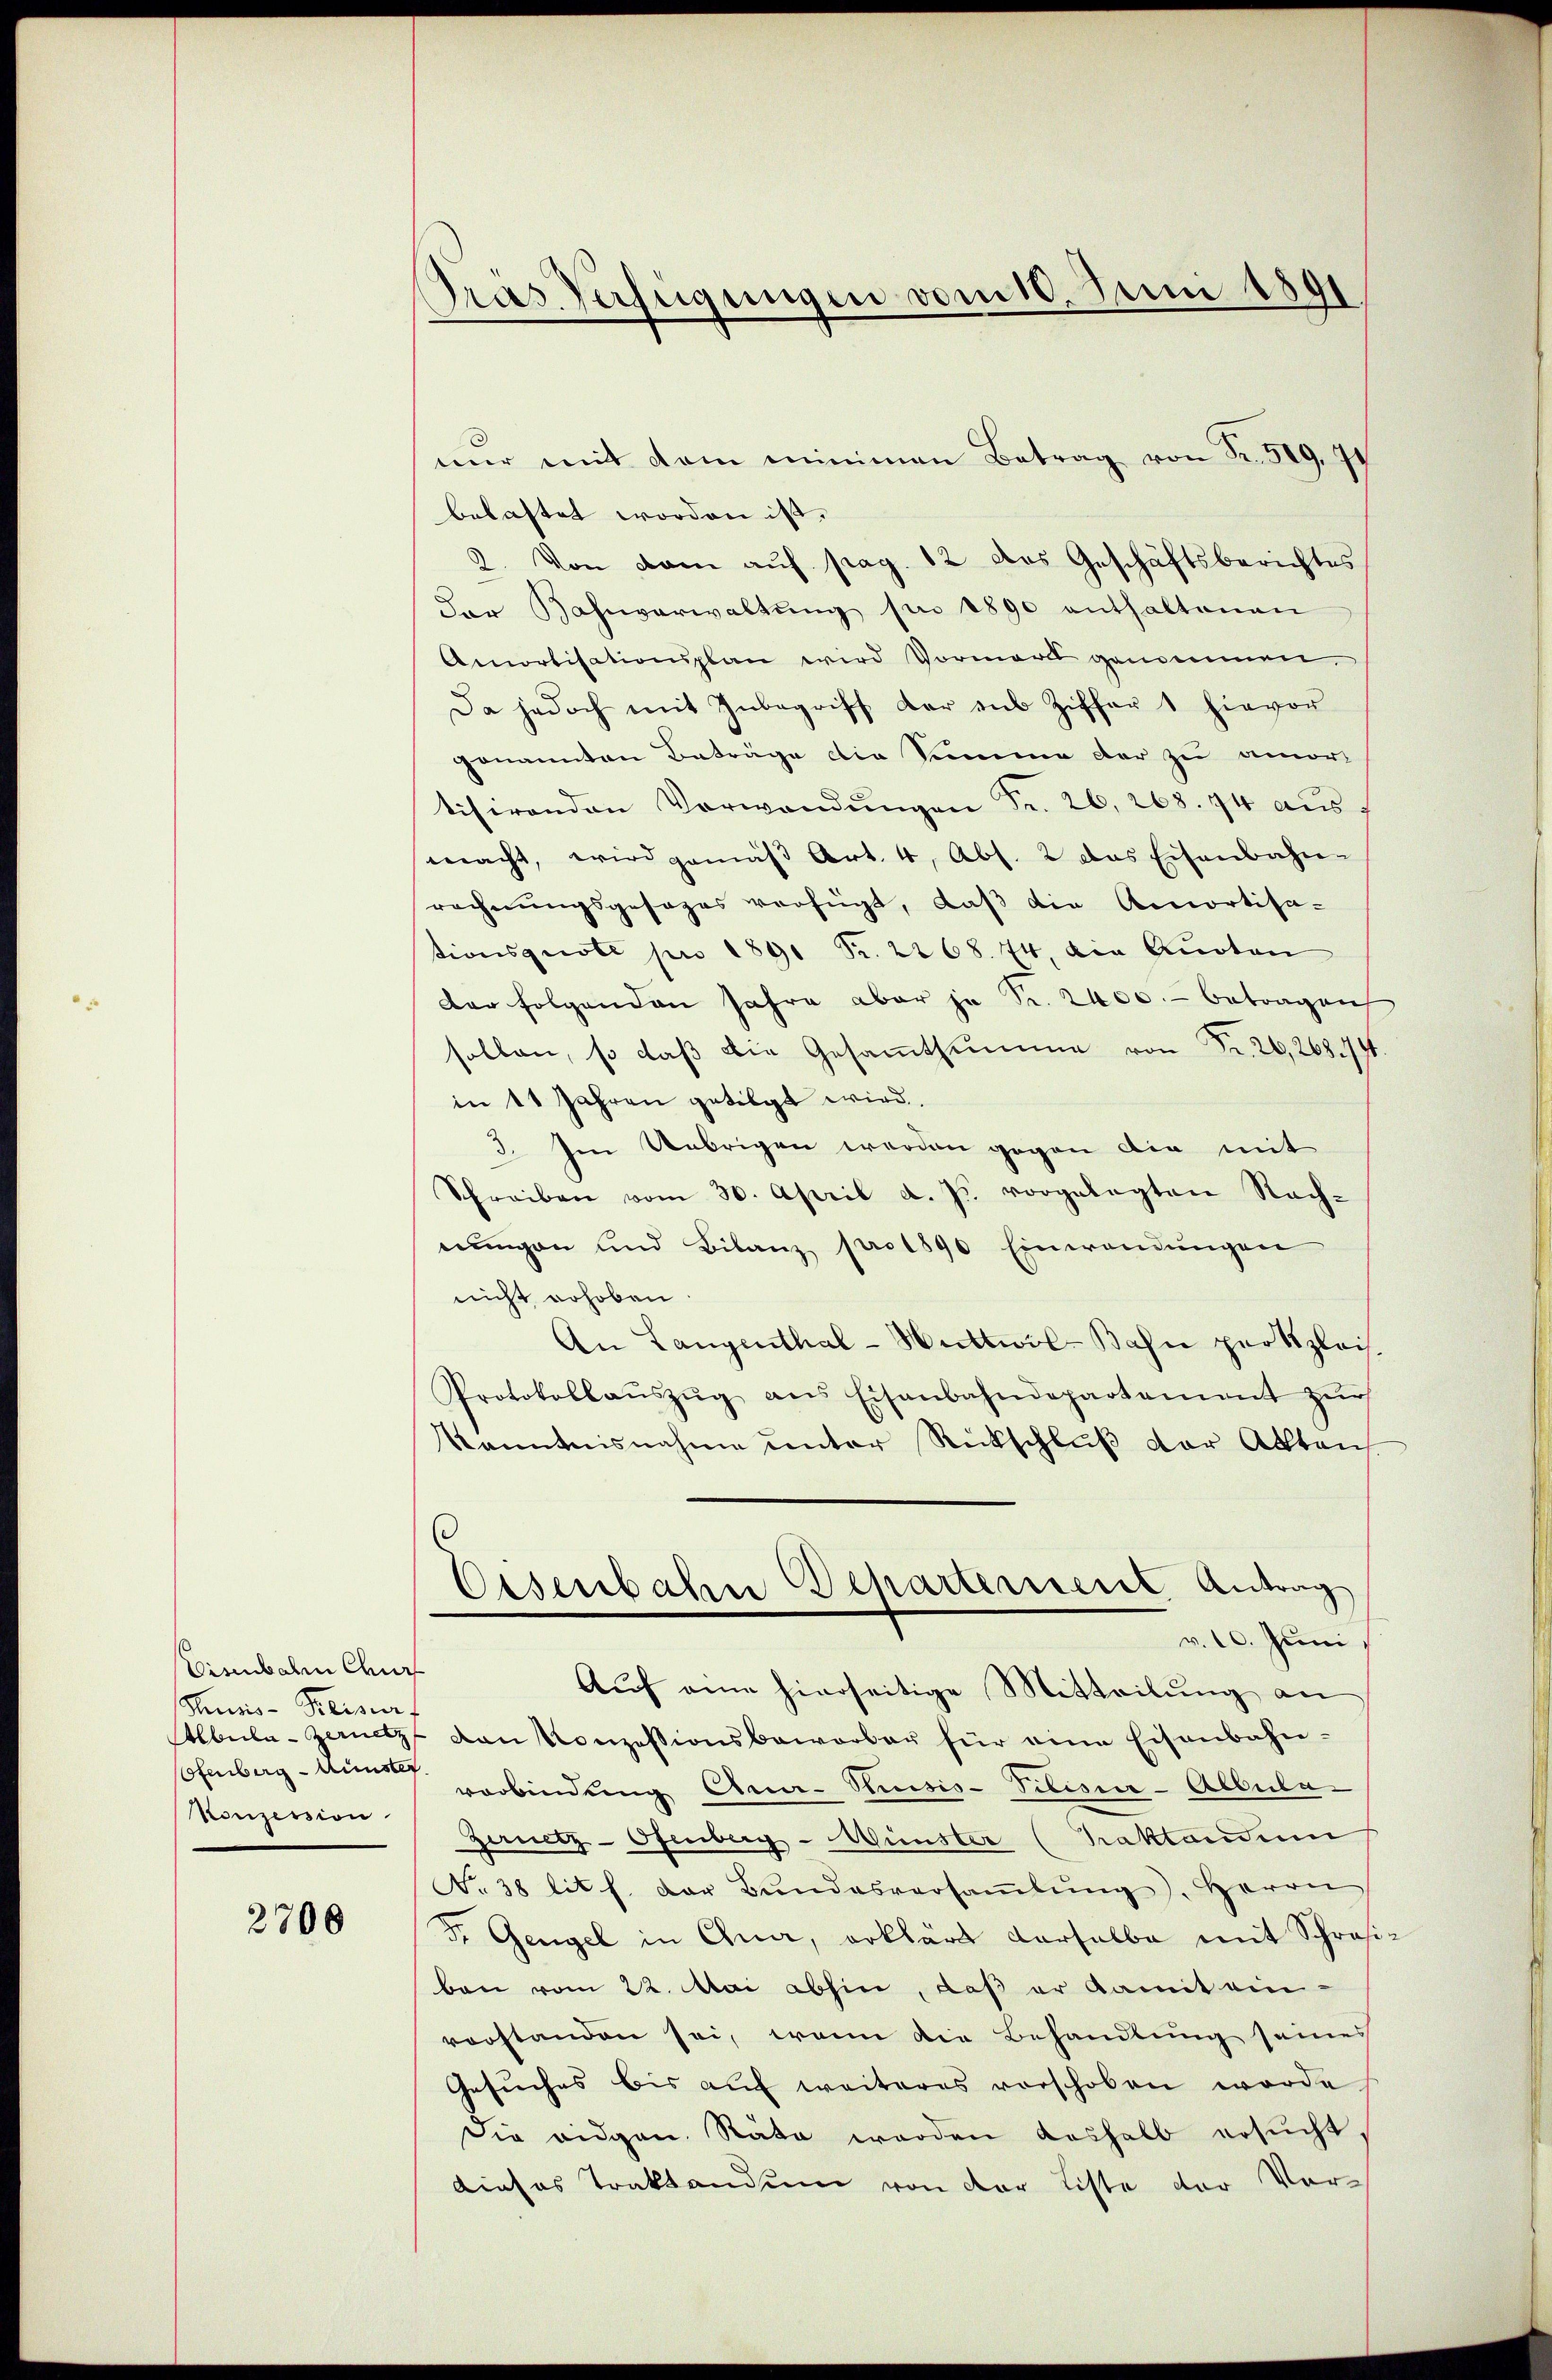
Sienbaren Chur
Thusis-Kreisdorf
Ofenberg-Künster.
Konzession

2700

Gras Verfügungen vom 10. Juni 1891

nŭr mit dem minimen Betrag von Fr. 519. 71
belastet worden ist.
2. Von dem auf pag. 12 das Geschäftsberichtes
der Bahnverwaltŭng pr 1890 enthaltenen
Amortisationsplan wird Vormord genommen.
Da jedoch mit Inbegriff der sub Ziffer 1 hievor
genannten Beträge die Summe der zu amor-
tisirenden Vorwandŭngen Fr. 26, 268. 74 aŭs
macht, wird gemäβ Art. 4, Abs. 2 das Eisenbahn-
rechnŭngsgesezes verfügt, daβ die Amortisa-
tionsquote pro 1891 Fr. 2268. 74, die Quoten
der folgenden Jahre aber ja Fr. 2400.- betragen
sollen, so daß die Gesammtsumme von Fr. 20,26874.
in 11 Jahren getilgt wird.
3. Im Uebrigen werden gegen die mit
Schreiben vom 30. April d. J. vorgelegten Rach-
nŭngen und Bilanz pro 1890 Einwendungen
nicht erhoben
An Langenthal-Huttwil-Bahn pertzlais.
Protokollaŭszŭg ans Eisenbahndepartement zŭr
Kenntnisnahme unter Rückschluß der Aktens.
Eisenbahn Scharternent Antrag
v. 10. Juni
Aŭf eine hierseitige Mitteilŭng an
Abula-Zanetz von Konzessionsbeworber für eine Eisenbahn-
verbindung Cen-Rusis-Vilisir-Albula-
Zernetz-Ofenberg-Münster (Praktandum
No. 38 lit. f. der Bŭndesversaṁlŭng, Herrn
F. Gengel in Quer, erklärt Karselbe mit Schrasiben vom 22. Mai abhin, daß er damit ein-
vorstanden sei, wenn die Behandlung seines
Gesŭches bis aŭf weiteres vorschoben worde
Die eidgen. Räte werden deshalb ersucht
dieses Traktandum von der Liste der Vor-